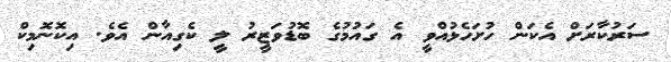
ސަރުކާރަށް އެކަން ހުށަހެޅުއްވީ އެ ގައުމުގެ ބޮޑުވަޒީރު ލީ ކެގިއާން އެވެ. އިކޮނޮމިކް